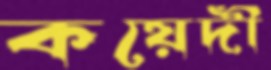
কয়েদী